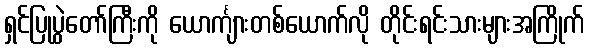
ရှင်ပြုပွဲတော်ကြီးကို ယောင်္ကျားတစ်ယောက်လို တိုင်းရင်းသားများအကြိုက်